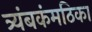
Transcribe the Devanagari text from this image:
त्र्यंबकंमठिका